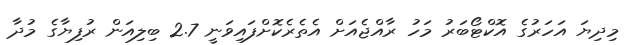
މިދިޔަ އަހަރުގެ އޮކްޓޯބަރު މަހު ރާއްޖެއަށް އެތެރެކޮށްފައިވަނީ 2.7 ބިލިއަން ރުފިޔާގެ މުދާ